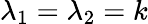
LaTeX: \lambda_{1}=\lambda_{2}=k